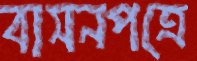
বাসনপত্রে